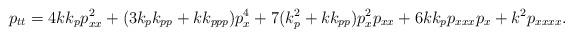
LaTeX: \begin{align*} p_{tt} = 4kk_pp_{xx}^2 + (3k_pk_{pp} + kk_{ppp})p_x^4 + 7(k_p^2+ kk_{pp})p_x^2p_{xx} + 6kk_pp_{xxx}p_x + k^2p_{xxxx}.\end{align*}